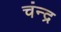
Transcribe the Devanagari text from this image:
चंन्द्र